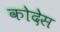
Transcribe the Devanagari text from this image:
कोदेस